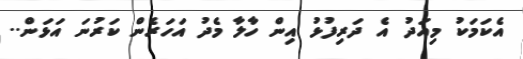
އެކަމަކު މިއަދު އެ ދަރިފުޅު އިން ހާލާ މެދު އަހަރެން ކަރުނަ އަޅަން..